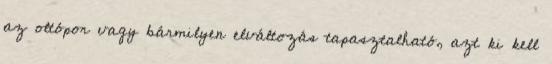
az oltópor vagy bármilyen elváltozás tapasztalható, azt ki kell